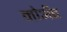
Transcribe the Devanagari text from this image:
मोॲब